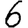
Digit: 6